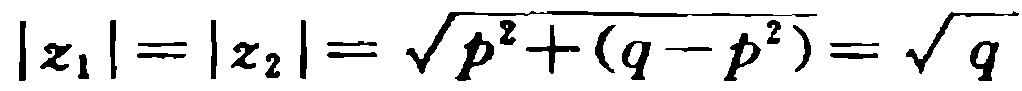
\(|z_1| = |z_2| = \sqrt{p^{2}+(q - p^{2})}=\sqrt{q}\)